Lunatic asylums Punjab 1895-1910 - 1895-1910
Year: 1895
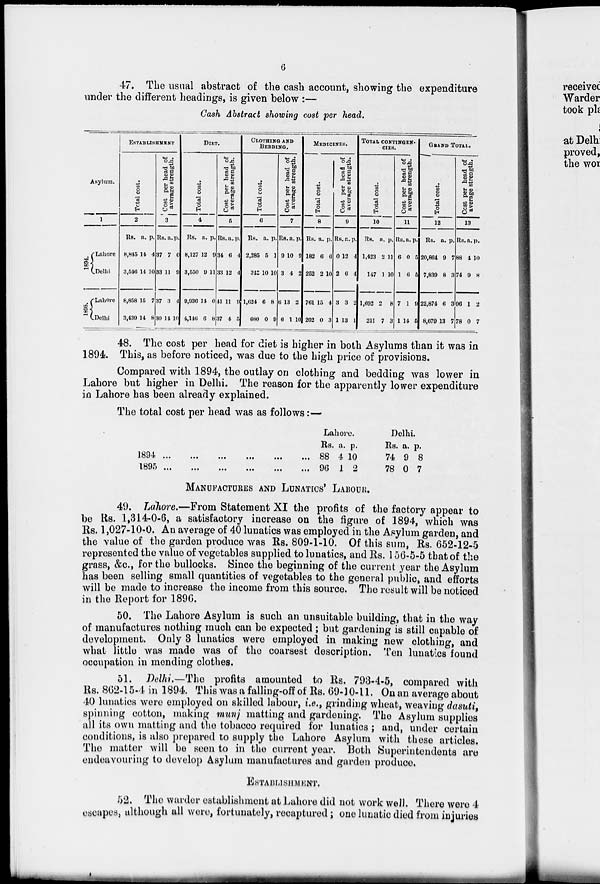
6
47. The usual abstract of the cash account, showing the expenditure
under the different headings, is given below :—
Cash Abstract showing cost per head.
Asylum.
1
1894.
1895.
Lahore
Delhi
Lahore
Delhi
ESTABLISHMENT
Total cost.
2
Rs.
8,845
3,546
8,858
3,439
a.
14
14
15
14
p.
4
10
7
8
Cost per head of
average strength.
3
Rs
37
33
37
30
a.
7
11
3
14
p.
0
9
4
10
DIET.
Total cost.
4
Rs.
8,127
3,550
9,936
4,146
a.
12
9
14
6
p.
9
11
0
8
Cost per head of
average strength.
5
Rs.
34
33
41
37
a.
6
12
11
4
p.
4
4
9
5
CLOTHING AND
BEDDING.
Total cost.
6
Rs.
2,285
342
1,624
680
a.
5
10
6
0
p.
1
10
8
9
Cost per head of
average strength.
7
Rs
9
3
6
6
a
10
4
13
l
p.
9
2
2
10
MEDICINES.
Total cost.
8
Rs.
182
252
761
202
a.
6
2
15
0
p.
6
10
4
3
Cost per head of
average strength.
9
Rs.
0
2
3
1
a.
12
6
3
13
p.
4
4
2
1
TOTAL CONTINGEN-
CIES.
Total cost.
10
Rs.
1,423
147
1,692
211
a.
2
1
2
7
p.
11
10
8
3
Cost per head of
average strength.
11
Rs.
6
1
7
1
a.
0
6
1
14
p.
5
5
9
5
GRAND TOTAL.
Total cost.
12
Rs.
20,864
7,839
22,874
8,679
a.
9
8
6
13
p.
7
3
3
7
Cost
per head of
average strength.
13
Rs.
88
74
96
78
a.
4
9
1
0
p.
10
8
2
7
48. The cost per head for diet is higher in both Asylums than it was in
1894. This, as before noticed, was due to the high price of provisions.
Compared with 1894, the outlay on clothing and bedding was lower in
Lahore but higher in Delhi. The reason for the apparently lower expenditure
in Lahore has been already explained.
The total cost per head was as follows:—
1894
...
...
...
...
...
...
1895...
...
...
...
...
...
Lahore.
Rs.
88
96
a.
4
1
p.
10
2
Delhi.
Rs.
74
78
a.
9
0
p.
8
7
MANUFACTURES AND LUNATICS LABOUR.
49. Lahore.—From Statement XI the profits of the factory appear to
be Rs. 1,314-0-6, a satisfactory increase on the figure of 1894, which was
Rs. 1,027-10-0. An average of 40 lunatics was employed in the Asylum garden, and
the value of the garden produce was Rs. 809-1-10. Of this sum, Rs. 652-12-5
represented the value of vegetables supplied to lunatics, and Rs. 156-5-5 that of the
grass, &c., for the bullocks. Since the beginning of the current year the Asylum
has been selling small quantities of vegetables to the general public, and efforts
will be made to increase the income from this source. The result will be noticed
in the Report for 1896.
50. The Lahore Asylum is such an unsuitable building, that in the way
of manufactures nothing much can be expected; but gardening is still capable of
development. Only 3 lunatics were employed in making new clothing, and
what little was made was of the coarsest description. Ten lunatics found
occupation in mending clothes.
51. Delhi.—The profits amounted to Rs. 793-4-5, compared with
Rs. 862-15-4 in 1894. This was a falling-off of Rs. 69-10-11. On an average about
40 lunatics were employed on skilled labour, i.e., grinding wheat, weaving dasuti,
spinning cotton, making munj matting and gardening. The Asylum supplies
all its own matting and the tobacco required for lunatics ; and, under certain
conditions, is also prepared to supply the Lahore Asylum with these articles.
The matter will be seen to in the current year. Both Superintendents are
endeavouring to develop Asylum manufactures and garden produce.
ESTABLISHMENT.
52. The warder establishment at Lahore did not work well. There were 4
escapes, although all were, fortunately, recaptured; one lunatic died from injuries